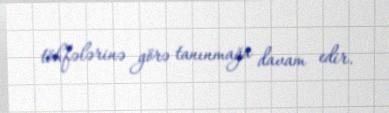
töhfələrinə görə tanınmağa davam edir.